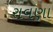
રાવણા